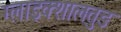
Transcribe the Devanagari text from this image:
ग्लाइक्शालतुङ